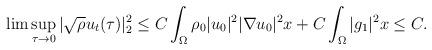
LaTeX: \begin{align*}\lim \sup_{\tau\rightarrow 0}|\sqrt{\rho}u_t(\tau)|^2_2 \leq C\int_{\Omega} \rho_0 |u_0|^2|\nabla u_0|^2x+C\int_{\Omega} |g_1|^2x\leq C.\end{align*}